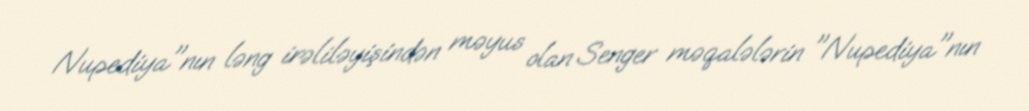
Nupediya"nın ləng irəliləyişindən məyus olan Senger məqalələrin "Nupediya"nın